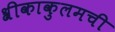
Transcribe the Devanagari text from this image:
श्रीकाकुलमची